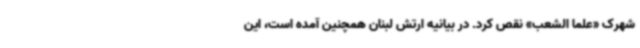
شهرک «علما الشعب» نقص کرد. در بیانیه ارتش لبنان همچنین آمده است، این